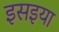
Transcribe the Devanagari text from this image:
इसइया